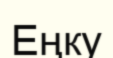
Еңку